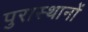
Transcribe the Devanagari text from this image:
पुरास्थानों